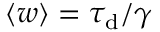
\langle { w } \rangle = \ensuremath { \tau _ { \mathrm { d } } } / \gamma